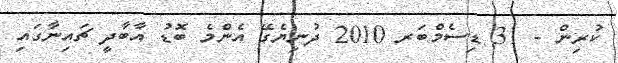
ކުރިން - 31 ޑިސެމްބަރ 2010 ދުނިޔެގޭ އެންމެ ބޮޑު އާބާދީ ޗައިނާގައި